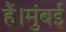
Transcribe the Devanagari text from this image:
हैं।मुंबई